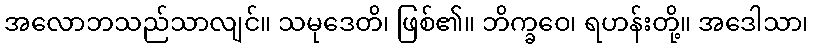
အလောဘသည်သာလျင်။ သမုဒေတိ၊ ဖြစ်၏။ ဘိက္ခဝေ၊ ရဟန်းတို့။ အဒေါသာ၊